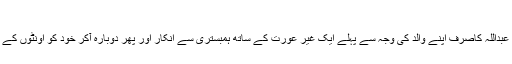
(سیرت ابن ہشام،مترجم ص149،عبداللہ اکیڈمی لاہور)
یہ ہمبستری والا معاملہ پایہ تکمیل کو پہنچا یا نہیں، اس سے قطع نظر عبداللہ کاصرف اپنے والد کی وجہ سے پہلے ایک غیر عورت کے ساتھ ہمبستری سے انکار اور پھر دوبارہ آکر خود کو اونٹوں کے لئے اس عورت کو پیش کرنا، خوب ان کے کردار پر روشنی ڈالتا ہے۔